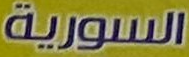
السورية